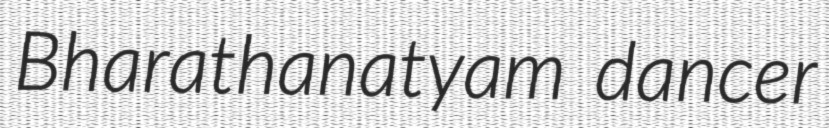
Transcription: Bharathanatyam dancer